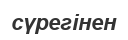
сүрегінен